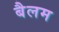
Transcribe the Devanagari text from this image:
बैलम